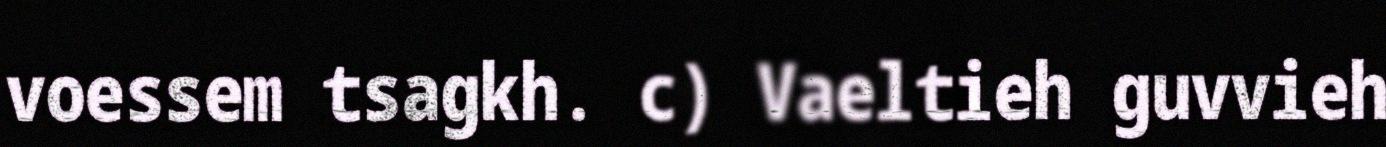
voessem tsagkh. c) Vaeltieh guvvieh